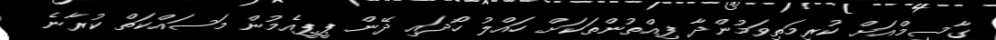
ގާސިމްއަށް ކުރިމަތިވަމުންދާ ފިއްތުންތަކަށް ހައްލު ހޯދައި ދޭން ޕީޕީއެމުން މަސައްކަތް ކުރާނެ